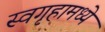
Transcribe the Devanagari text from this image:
स्वगृहामध्ये